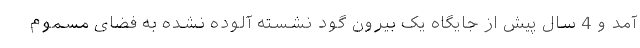
آمد و 4 سال پیش از جایگاه یک بیرون گود نشسته آلوده نشده به فضای مسموم